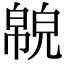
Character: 𢅉